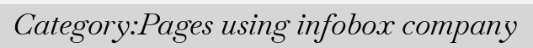
Category:Pages using infobox company